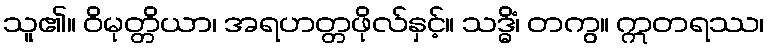
သူ၏။ ဝိမုတ္တိယာ၊ အရဟတ္တဖိုလ်နှင့်။ သဒ္ဓိံ၊ တကွ။ ဣတရဿ၊